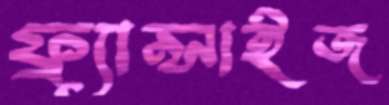
ফ্র্যান্সাইজ